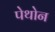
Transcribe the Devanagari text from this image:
पेथोन